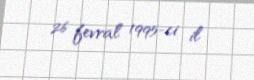
26 fevral 1995-ci il